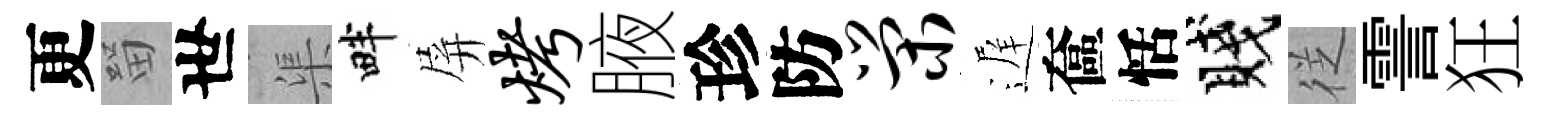
更㽞世渠畔屏烤腋珍防荣遅奩恬賤徔霅狂